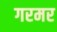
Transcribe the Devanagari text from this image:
गरमर